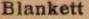
Blankett